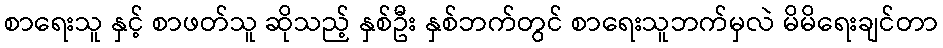
စာရေးသူ နှင့် စာဖတ်သူ ဆိုသည့် နှစ်ဦး နှစ်ဘက်တွင် စာရေးသူဘက်မှလဲ မိမိရေးချင်တာ